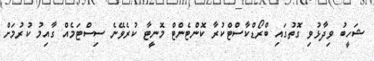
ޝަހީބު ވިދާޅުވި ގޮތުގައި ބްރޯޑްކާސްޓްކުރާ ކޮންޓެންޓް މޮނީޓާ ކުރެވޭނެ ސިސްޓަމެއް ގާއިމު ކުރުމަށް